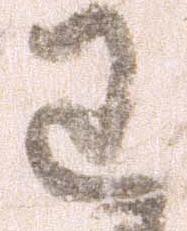
わ